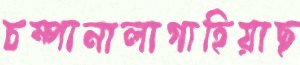
চম্পানালাগাহিয়াছ